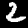
Label: 2